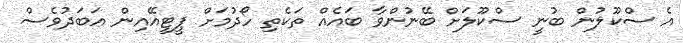
އެ ސްކޫލުން ބުނީ ސްކޫލަށް ބޭނުންވާ ބައެއް ތަކެތި ހޯދުމަށް ޕީޓީއޭއިން އަބަދުވެސް